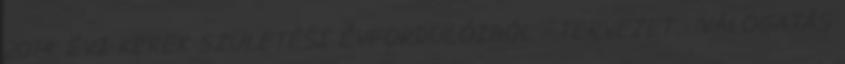
2014. ÉVI KEREK SZÜLETÉSI ÉVFORDULÓIBÓL - TERVEZET - VÁLOGATÁS